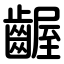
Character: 齷